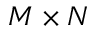
M \times N